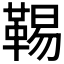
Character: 𩋌